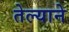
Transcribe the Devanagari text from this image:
तेल्याने